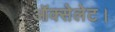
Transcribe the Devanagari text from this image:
ऑक्सेलेट।